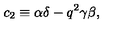
c _ { 2 } \equiv \alpha \delta - q ^ { 2 } \gamma \beta ,